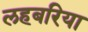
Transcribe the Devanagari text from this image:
लहबरिया